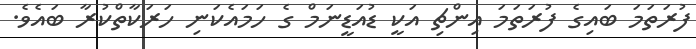
ފުރަތަމަ ބައިގެ ފުރަތަމަ އިންޗި އަކީ ޑުއަޑީނަމް ގެ ހަމައެކަނި ހަރަކާތްކުރާ ބައެވެ.